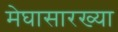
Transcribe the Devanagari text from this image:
मेघासारख्या